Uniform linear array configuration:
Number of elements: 64
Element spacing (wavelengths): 1
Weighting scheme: exponential
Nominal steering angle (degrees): -45
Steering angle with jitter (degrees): -44.82
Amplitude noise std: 0.05
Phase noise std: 0.05

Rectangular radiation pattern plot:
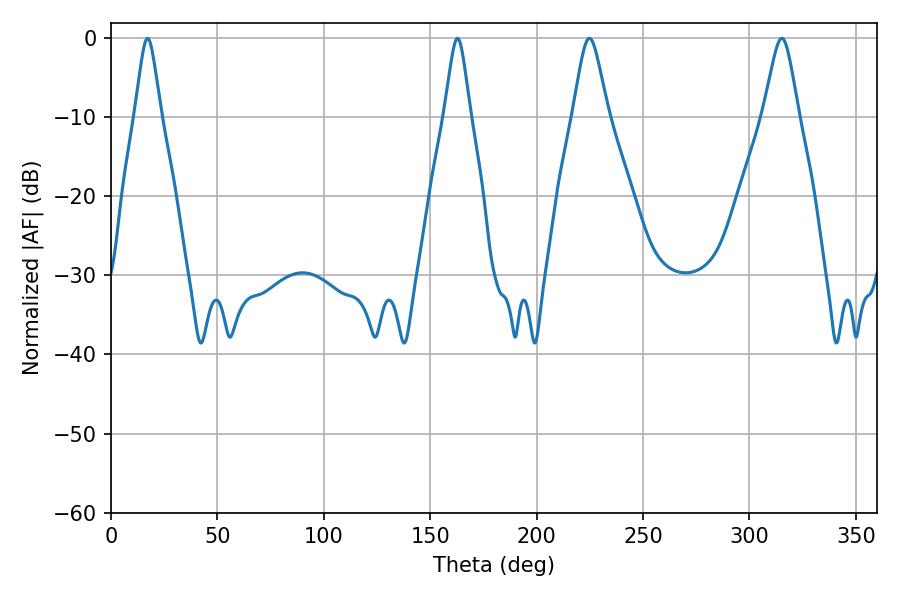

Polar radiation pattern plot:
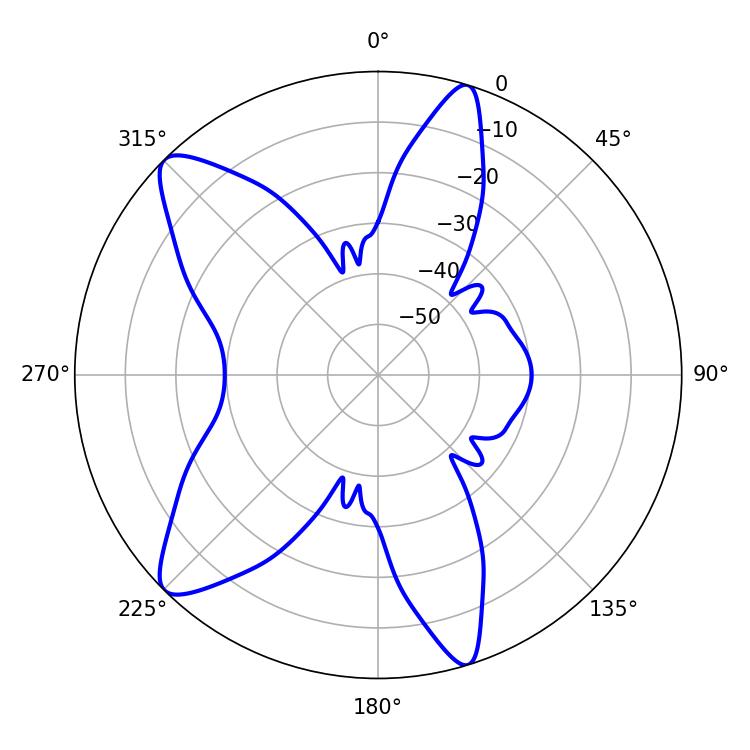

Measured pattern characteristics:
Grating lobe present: TRUE
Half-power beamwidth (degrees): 8.1
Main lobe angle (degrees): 224.82